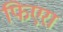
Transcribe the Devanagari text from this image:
फिएरा